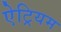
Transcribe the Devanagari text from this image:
ऐट्रियम